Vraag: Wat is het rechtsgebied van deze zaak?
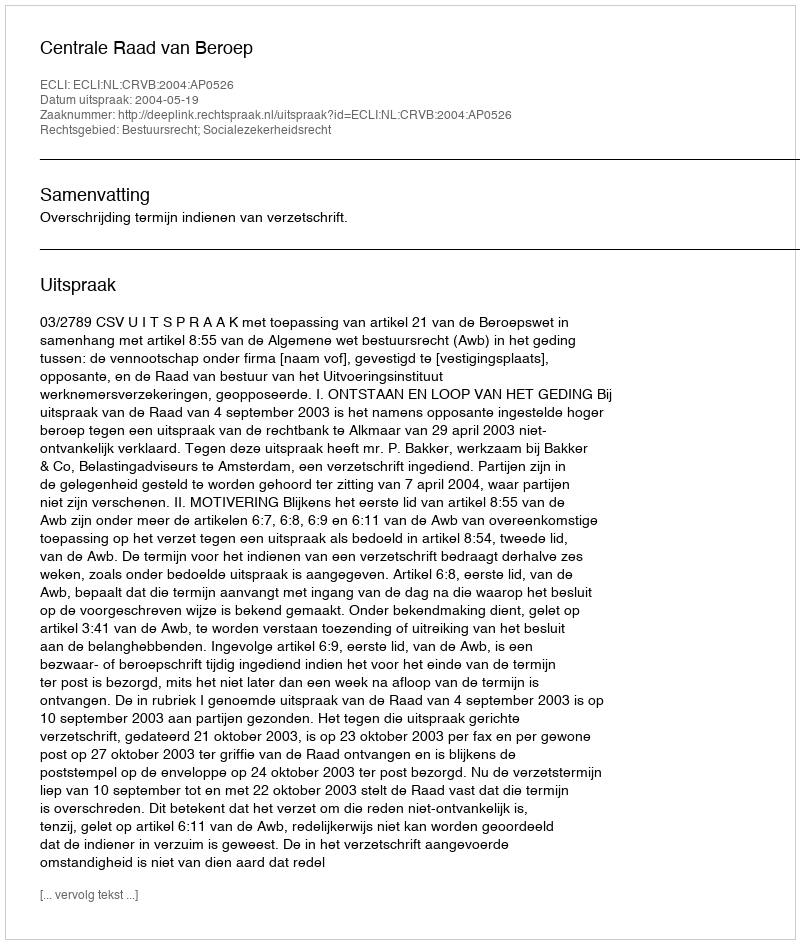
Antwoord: Bestuursrecht; Socialezekerheidsrecht